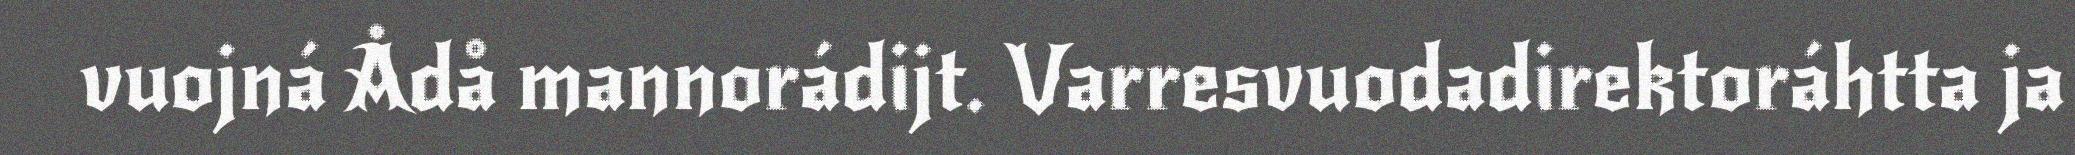
vuojná Ådå mannorádijt. Varresvuodadirektoráhtta ja